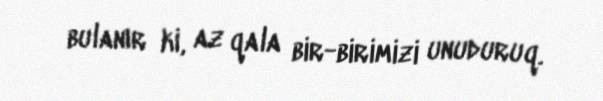
bulanır ki, az qala bir-birimizi unuduruq.